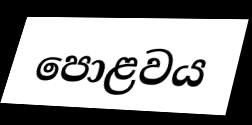
පොළවය